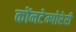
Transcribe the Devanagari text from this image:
कोंनटेम्पोरेरी